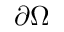
\partial \Omega